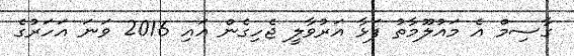
ގާސިމް އެ މައުލޫމާތު ފަޅާ އަރުވާލީ ޖެހިގެން އައި 2016 ވަނަ އަހަރުގެ